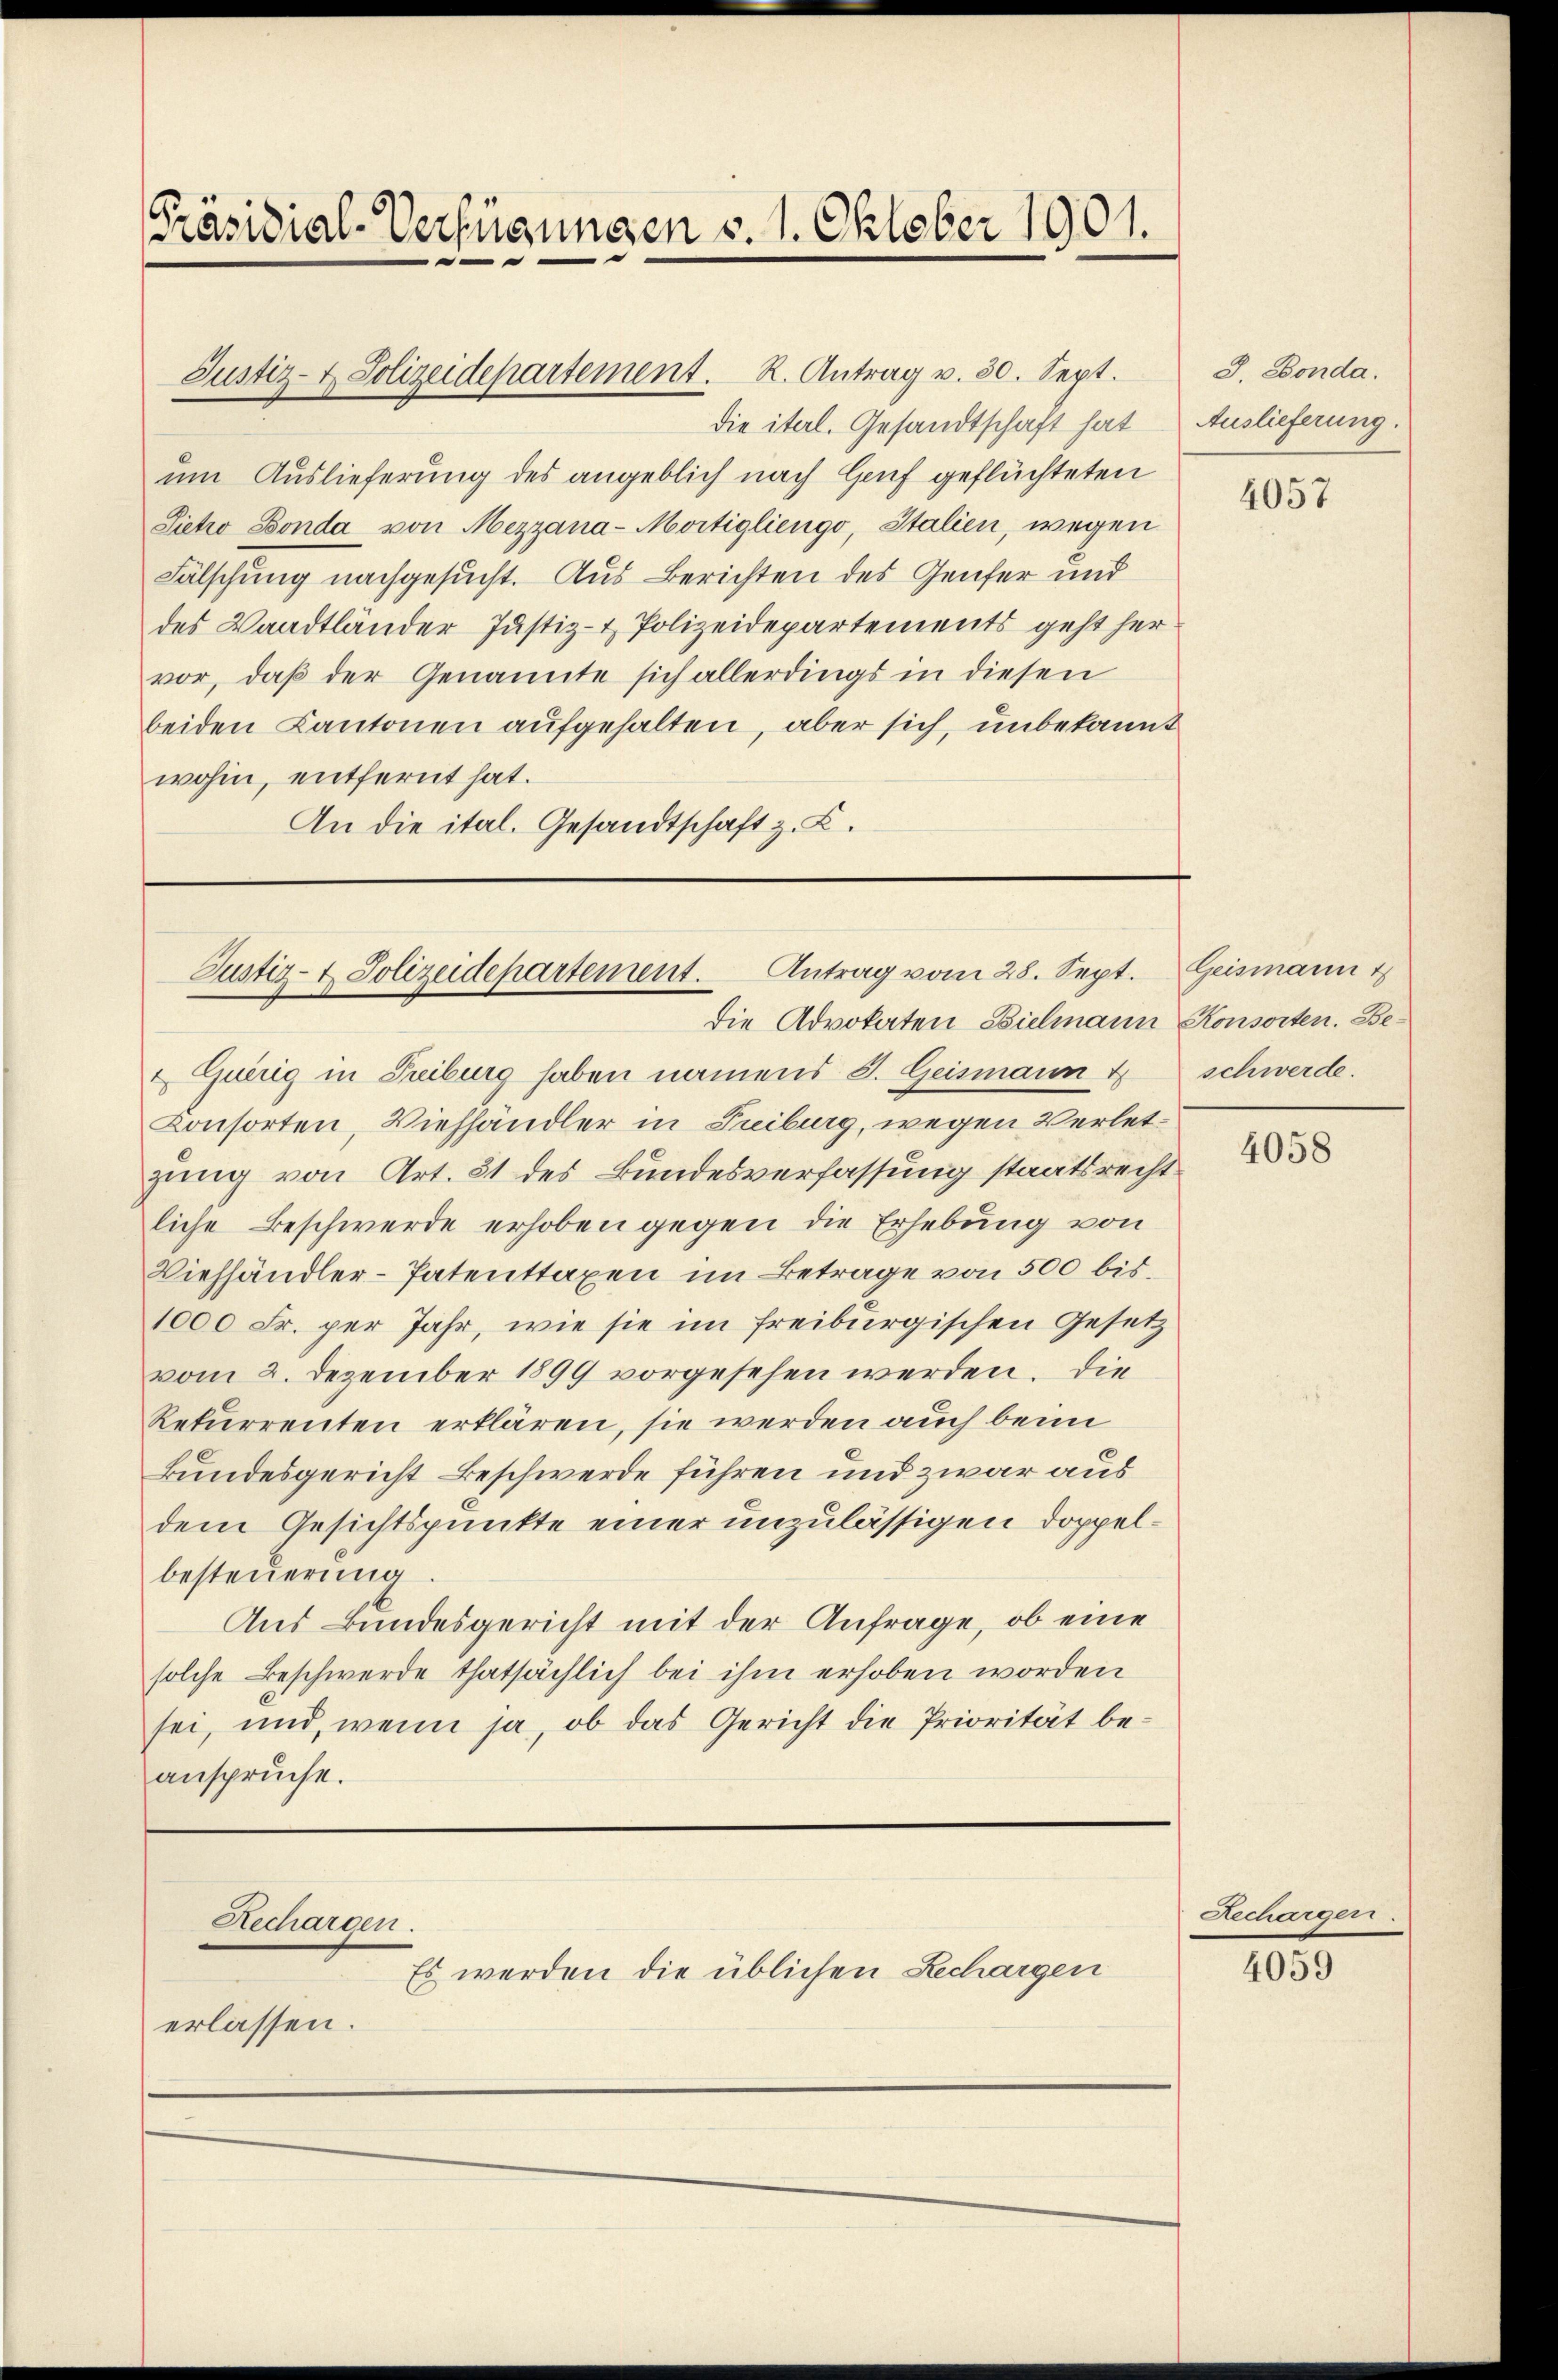
Präsidial-Verfügungen d. 1. Oktober 1901.

die itel. Gesandtschaft hat Auslieferung.
um Auslieferung des angeblich nach Genf geflüchteten
Sietro Bonda von Mezzana-Mortigliengo, Italien, wegen
Fälschung nachgesucht. Aus Berichten des Genfer und
des Waadtländer Justiz- & Polizeidepartements geht hervor, daß der Genannte sich allerdings in diesen
beiden Kantonen aufgehalten, aber sich, unbekannt
wohin, entfernt hat.
An die ital. Gesandtschaft z. Z.

Justiz- & Polizeidepartement. R. Antrag v. 30. Sept.

Justiz- & Polizeidepartement. Antrag vom 28. Sept.
die Advokaten Bielmann Konsorten. Be-

erlassen.

Rechargen.
Es werden die üblichen Lechargen

Querig in Treiburg haben namens J. Geismann
1
Konsorten, Viehhändler in Fribourg, wegen Verletzung von Art. 31 des Bundesverfassung staatsrecht
liche Beschwerde erhoben gegen die Erhebung von
Viehhändler-Patenttaxen im Betrage von 500 bis
1000 Fr. per Jahr, wie sie im freiburgischen Gesetz
vom 2. Dezember 1899 vorgesehen werden. Die
Rekurrenten erklären, sie werden auch beim
kundesgericht Beschwerde führen und zwar aus
dem Gesichtspunkte einer unzulässigen doppelbesteuerung
Aus Bundesgericht mit der Anfrage, ob eine
solche Beschwerde thatsächlich bei ihm erhoben worden
sei, und, wenn ja, ob das Gericht die Priorität beanspruche.

J. Bonda.

4057

Geismann
schwerde.

4058

Rechargen.

4059